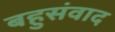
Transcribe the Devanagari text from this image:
बहुसंवाद